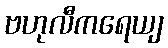
ဗဟုလီကရေယျ